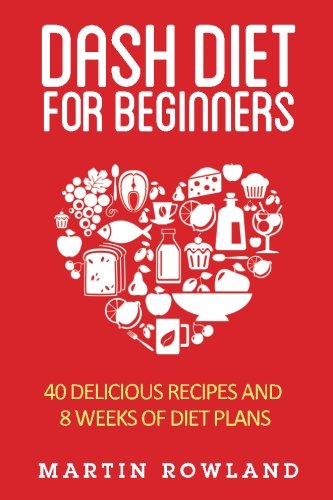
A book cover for DASH Diet For Beginners: 40 Delicious Recipes And 8 Weeks Of Diet Plans (DASH Diet Cookbook) (Volume 1); Martin Rowland; Cookbooks, Food & Wine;